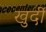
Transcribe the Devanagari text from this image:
खुर्दी